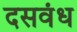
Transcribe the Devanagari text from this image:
दसवंध